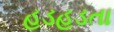
હડહડતા